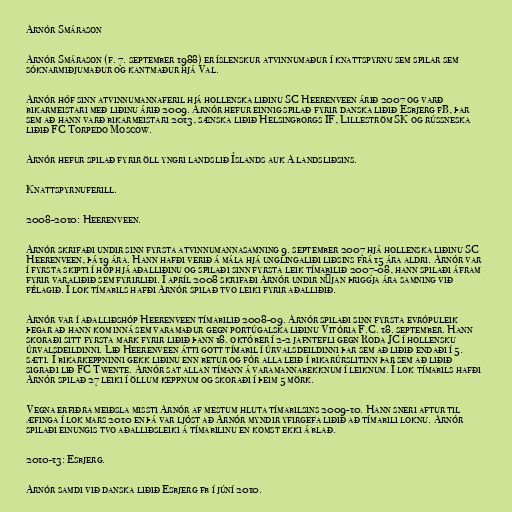
Arnór Smárason

Arnór Smárason (f. 7. september 1988) er íslenskur atvinnumaður í knattspyrnu sem spilar sem
sóknarmiðjumaður og kantmaður hjá Val.

Arnór hóf sinn atvinnumannaferil hjá hollenska liðinu SC Heerenveen árið 2007 og varð
bikarmeistari með liðinu árið 2009. Arnór hefur einnig spilað fyrir danska liðið Esbjerg fB, þar
sem að hann varð bikarmeistari 2013, sænska liðið Helsingborgs IF, Lilleström SK og rússneska
liðið FC Torpedo Moscow.

Arnór hefur spilað fyrir öll yngri landslið Íslands auk A landsliðsins.

Knattspyrnuferill.

2008-2010: Heerenveen.

Arnór skrifaði undir sinn fyrsta atvinnumannasamning 9. september 2007 hjá hollenska liðinu SC
Heerenveen, þá 19 ára. Hann hafði verið á mála hjá unglingaliði liðsins frá 15 ára aldri. Arnór var
í fyrsta skipti í hóp hjá aðalliðinu og spilaði sinn fyrsta leik tímabilið 2007-08, hann spilaði áfram
fyrir varaliðið sem fyrirliði. Í apríl 2008 skrifaði Arnór undir nýjan þriggja ára samning við
félagið. Í lok tímabils hafði Arnór spilað tvo leiki fyrir aðalliðið.

Arnór var í aðalliðshóp Heerenveen tímabilið 2008-09. Arnór spilaði sinn fyrsta evrópuleik
þegar að hann kom inná sem varamaður gegn portúgalska liðinu Vitória F.C. 18. september. Hann
skoraði sitt fyrsta mark fyrir liðið þann 18. október í 2-2 jafntefli gegn Roda JC í hollensku
úrvalsdeildinni. Lið Heerenveen átti gott tímabil í úrvalsdeildinni þar sem að liðið endaði í 5.
sæti. Í bikarkeppninni gekk liðinu enn betur og fór alla leið í bikarúrslitinn þar sem að liðið
sigraði lið FC Twente. Arnór sat allan tímann á varamannabekknum í leiknum. Í lok tímabils hafði
Arnór spilað 27 leiki í öllum keppnum og skoraði í þeim 5 mörk.

Vegna erfiðra meiðsla missti Arnór af mestum hluta tímabilsins 2009-10. Hann sneri aftur til
æfinga í lok mars 2010 en þá var ljóst að Arnór myndir yfirgefa liðið að tímabili loknu. Arnór
spilaði einungis tvo aðalliðsleiki á tímabilinu en komst ekki á blað.

2010-13: Esbjerg.

Arnór samdi við danska liðið Esbjerg fb í júní 2010.